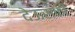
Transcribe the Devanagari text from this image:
देऊसकी